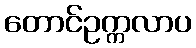
တောင်ဥက္ကလာပ